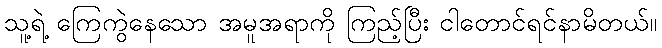
သူ့ရဲ့ ကြေကွဲနေသော အမူအရာကို ကြည့်ပြီး ငါတောင်ရင်နာမိတယ်။